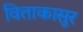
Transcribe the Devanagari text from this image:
विताकासुर